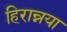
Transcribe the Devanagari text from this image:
हिरान्नया